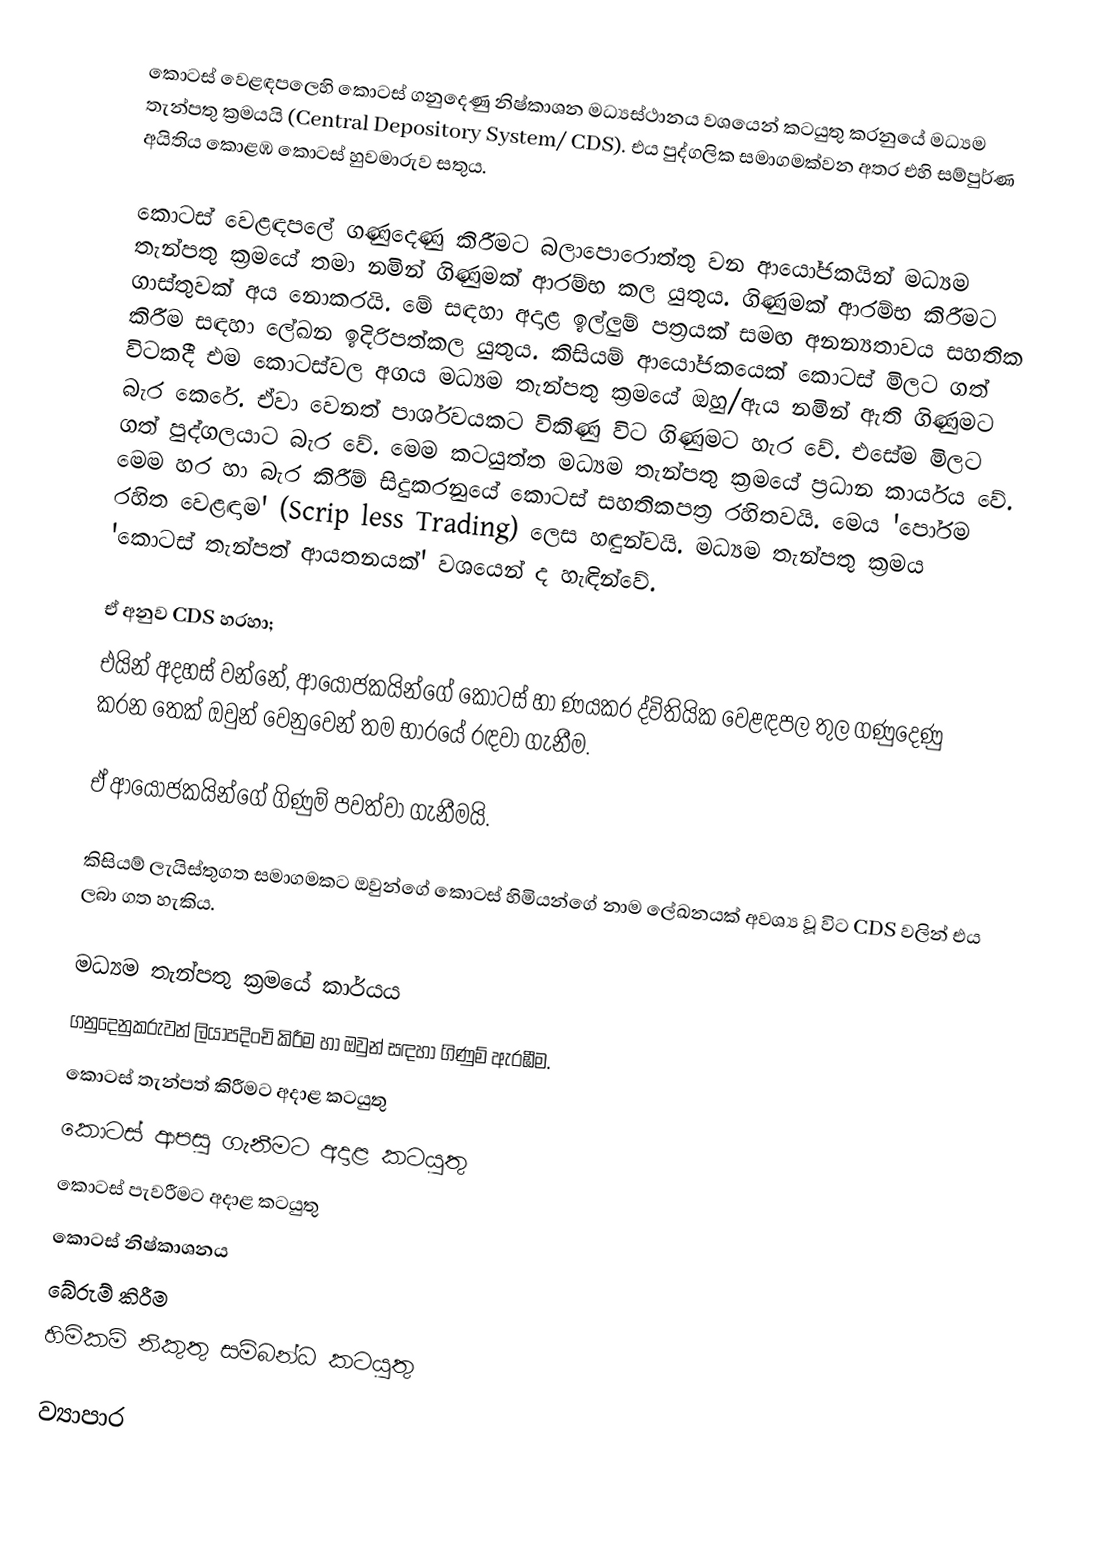
කොටස් වෙළඳපලෙහි කොටස් ගනුදෙණු නිෂ්කාශන මධ්‍යස්ථානය වශයෙන් කටයුතු කරනුයේ මධ්‍යම තැන්පතු ක්‍රමයයි (Central Depository System/ CDS). එය පුද්ගලික සමාගමක්වන අතර එහි සම්පුර්ණ අයිතිය කොළඹ කොටස් හුවමාරුව සතුය.

කොටස් වෙළඳපලේ ගණුදෙණු කිරීමට බලාපොරොත්තු වන ආයෝජකයින් මධ්‍යම තැන්පතු ක්‍රමයේ තමා නමින් ගිණුමක් ආරම්භ කල යුතුය. ගිණුමක් ආරම්භ කිරීමට ගාස්තුවක් අය නොකරයි. මේ සඳහා අදාළ ඉල්ලුම් පත්‍රයක් සමඟ අනන්‍යතාවය සහතික කිරීම සඳහා ලේඛන ඉදිරිපත්කල යුතුය. කිසියම් ආයෝජකයෙක් කොටස් මිලට ගත් විටකදී එම කොටස්වල අගය මධ්‍යම තැන්පතු ක්‍රමයේ ඔහු/ඇය නමින් ඇති ගිණුමට බැර කෙරේ. ඒවා වෙනත් පාර්ශවයකට විකිණු විට ගිණුමට හැර වේ. එසේම මිලට ගත් පුද්ගලයාට බැර වේ. මෙම කටයුත්ත මධ්‍යම තැන්පතු ක්‍රමයේ ප්‍රධාන කාර්යය වේ. මෙම හර හා බැර කිරීම් සිදුකරනුයේ කොටස් සහතිකපත්‍ර රහිතවයි. මෙය 'පෝරම රහිත වෙළඳාම' (Scrip less Trading)  ලෙස හඳුන්වයි. මධ්‍යම තැන්පතු ක්‍රමය 'කොටස් තැන්පත් ආයතනයක්' වශයෙන් ද හැඳින්වේ.

ඒ අනුව CDS හරහා;
 එයින් අදහස් වන්නේ, ආයෝජකයින්ගේ කොටස් හා ණයකර ද්විතියික වෙළඳපල තුල ගණුදෙණු කරන තෙක් ඔවුන් වෙනුවෙන් තම භාරයේ රඳවා ගැනීම.

 ඒ ආයෝජකයින්ගේ ගිණුම් පවත්වා ගැනීමයි.

 කිසියම් ලැයිස්තුගත සමාගමකට ඔවුන්ගේ කොටස් හිමියන්ගේ නාම ලේඛනයක් අවශ්‍ය වූ විට CDS වලින් එය ලබා ගත හැකිය.

මධ්‍යම තැන්පතු ක්‍රමයේ කාර්යය
 ගනුදෙනුකරුවන් ලියාපදිංචි කිරීම හා ඔවුන් සඳහා ගිණුම් ඇරඹීම.
 කොටස් තැන්පත් කිරීමට අදාළ කටයුතු
 කොටස් ආපසු ගැනීමට අදාළ කටයුතු
 කොටස් පැවරීමට අදාළ කටයුතු
 කොටස් නිෂ්කාශනය
 බේරුම් කිරීම
 හිමිකම් නිකුතු සම්බන්ධ කටයුතු

 ව්‍යාපාර